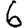
Digit: 6